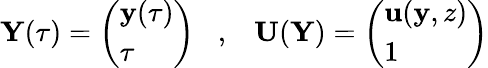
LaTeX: {\mathbf Y}(\tau)=\left(\begin{array}{l}{{\mathbf y}(\tau)}\\ {\tau}\end{array}\right)\; \; \; ,\; \; \; {\mathbf U}({\mathbf Y})=\left(\begin{array}{l}{{\mathbf u}({\mathbf y},z)}\\ {1}\end{array}\right)